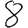
Digit: 8